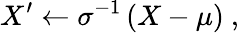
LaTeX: X^{\prime}\leftarrow\sigma^{-1}\, (X-\mu)~,